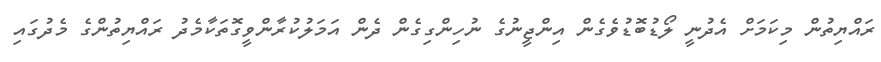
ރައްޔިތުން މިކަމަށް އެދުނީ ލޯޑުބޮޑުވެގެން އިންޖީނުގެ ނުހިންގިގެން ދެން އަމަލުކުރާންވީގޮތަކާމެދު ރައްޔިތުންގެ މެދުގައި